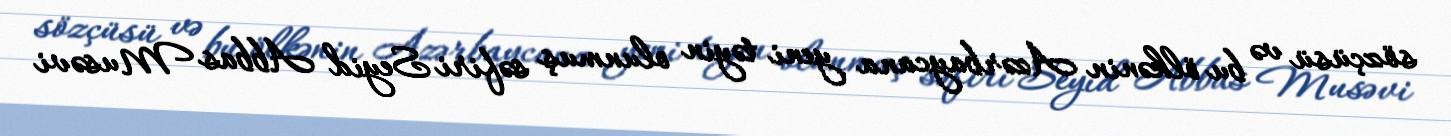
sözçüsü və bu ölkənin Azərbaycana yeni təyin olunmuş səfiri Seyid Abbas Musəvi